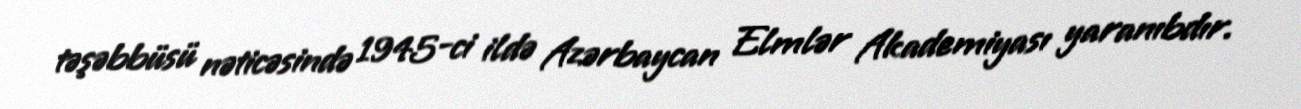
təşəbbüsü nəticəsində 1945-ci ildə Azərbaycan Elmlər Akademiyası yaranıbdır.